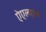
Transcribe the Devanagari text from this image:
ऐएलएस